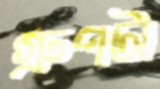
গ্রুপটা